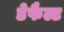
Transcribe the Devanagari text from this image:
डेफैल्ट